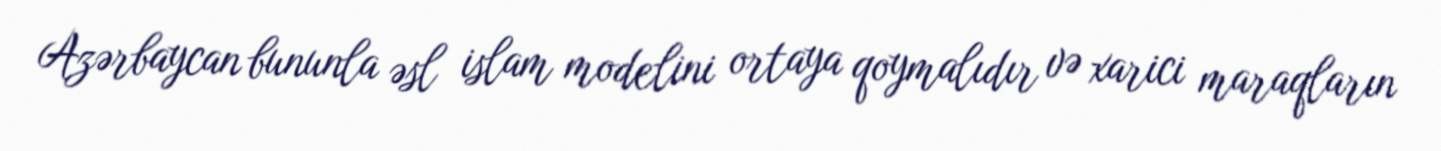
Azərbaycan bununla əsl islam modelini ortaya qoymalıdır və xarici maraqların